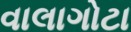
વાલાગોટા